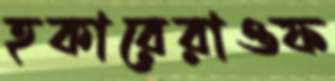
হকারেরাওফ